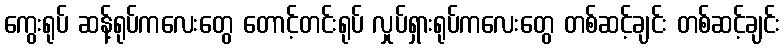
ကွေးရုပ် ဆန့်ရုပ်ကလေးတွေ တောင့်တင်းရုပ် လှုပ်ရှားရုပ်ကလေးတွေ တစ်ဆင့်ချင်း တစ်ဆင့်ချင်း